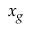
x _ { g }